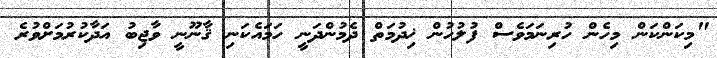
"މިކަންކަން މިހެން ހުރިނަމަވެސް ފުލުހުން ޚިދުމަތް ދެމުންދަނީ ހަމައެކަނި ޤާނޫނީ ވާޖިބު އަދާކުރުމަށްވުރެ